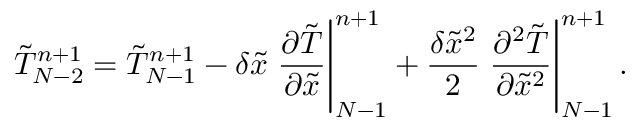
\tilde { T } _ { N - 2 } ^ { n + 1 } = \tilde { T } _ { N - 1 } ^ { n + 1 } - \delta \tilde { x } \left. { \frac { { \partial \tilde { T } } } { { \partial \tilde { x } } } } \right| _ { N - 1 } ^ { n + 1 } + \frac { { \delta { { \tilde { x } } ^ { 2 } } } } { 2 } \left. { \frac { { { \partial ^ { 2 } } \tilde { T } } } { { \partial { { \tilde { x } } ^ { 2 } } } } } \right| _ { N - 1 } ^ { n + 1 } .